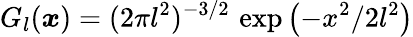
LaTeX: G_{l}(\boldsymbol{x})=(2\pi l^{2})^{-3/2}\, \exp\left(-x^{2}/2l^{2}\right)